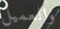
والعميل